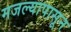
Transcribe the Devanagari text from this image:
मजल्यापासून